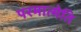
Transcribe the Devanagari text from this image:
परमात्मेति